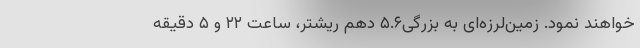
خواهند نمود. زمین‌لرزه‌ای به بزرگی۵.۶ دهم ریشتر، ساعت ۲۲ و ۵ دقیقه